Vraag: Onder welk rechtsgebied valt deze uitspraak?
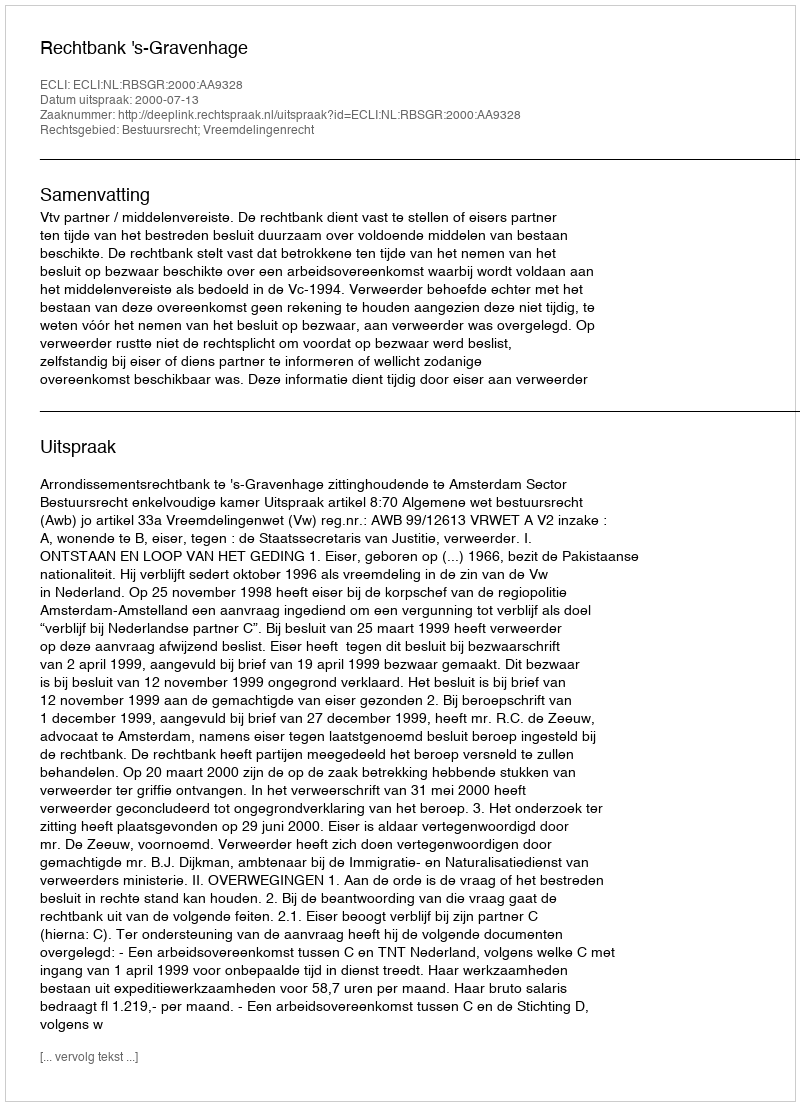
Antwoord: Bestuursrecht; Vreemdelingenrecht